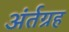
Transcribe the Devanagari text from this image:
अंर्तग्रह